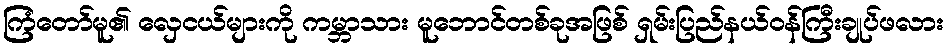
ကြံတော်မူ၏ လှေငယ်များကို ကမ္ဘာသား မူဘောင်တစ်ခုအဖြစ် ရှမ်းပြည်နယ်ဝန်ကြီးချုပ်ဖလား